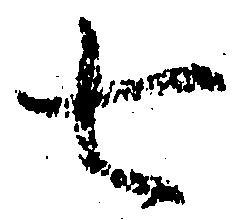
七